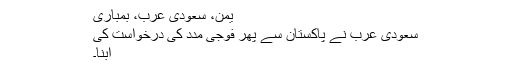
یمن، سعودی عرب، بمباری
سعودی عرب نے پاکستان سے پھر فوجی مدد کی درخواست کی
ابنا۔